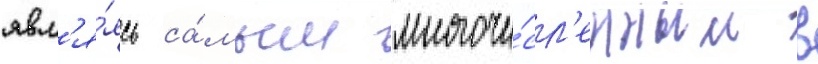
явл'я́ясь са́мым многочи́сл'енным в